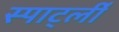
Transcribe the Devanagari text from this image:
स्पार्ट्ली